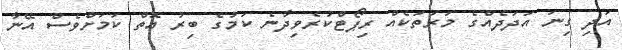
އަދި ގިނަ އަދަދެއްގެ މަރުތަކެއް ރިޕޯޓްކުރެވިދާނެ ކަމުގެ ބިރު އޮތް ކަމަށްވެސް އޭނާ